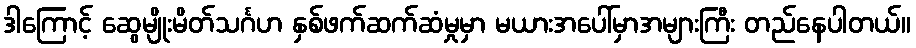
ဒါကြောင့် ဆွေမျိုးမိတ်သင်္ဂဟ နှစ်ဖက်ဆက်ဆံမှုမှာ မယားအပေါ်မှာအများကြီး တည်နေပါတယ်။